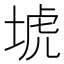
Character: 㙈